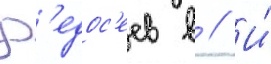
Ф'едос'еев в // И́